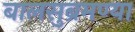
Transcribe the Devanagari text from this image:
बालसुब्रमण्या